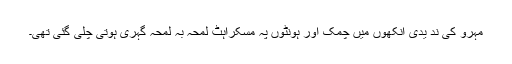
مہرو کی ند یدی آنکھوں میں چمک اور ہونٹوں پہ مسکراہٹ لمحہ بہ لمحہ گہری ہوتی چلی گئی تھی۔